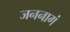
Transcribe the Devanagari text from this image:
जननागं